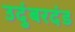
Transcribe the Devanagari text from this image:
उदुंबरदंड